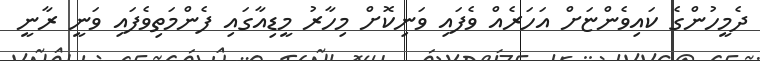
ދެމީހުންގެ ކައިވެންޏަށް އަހަރެއް ވެފައި ވަނިކޮށް މިހާރު މީޑިއާގައި ފެންމަތިވެފައި ވަނީ ރާނީ